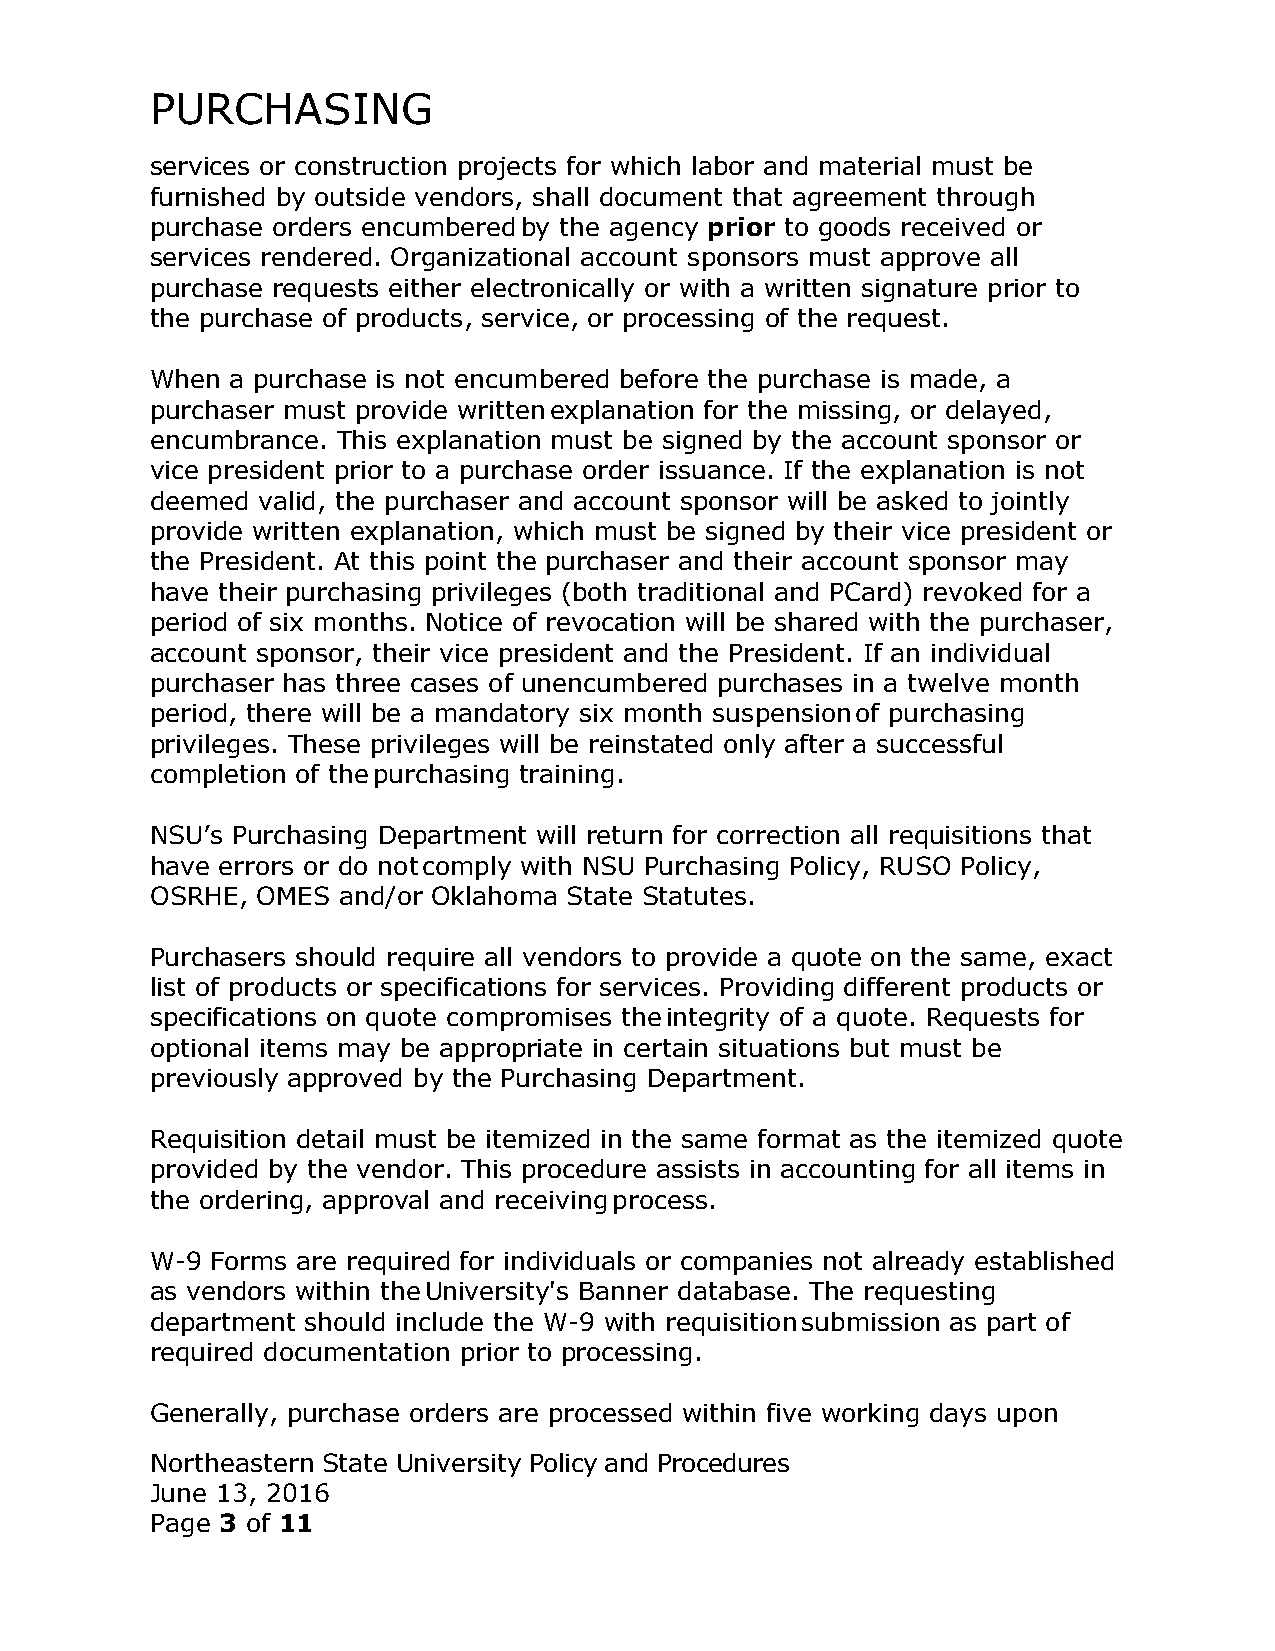
PURCHASING
 services or construction projects for which labor and material must be
 furnished by outside vendors, shall document that agreement through
 purchase orders encumbered by the agency prior to goods received or
 services rendered. Organizational account sponsors must approve all
 purchase requests either electronically or with a written signature prior to
 the purchase of products, service, or processing of the request.
 When a purchase is not encumbered before the purchase is made, a
 purchaser must provide written explanation for the missing, or delayed,
 encumbrance. This explanation must be signed by the account sponsor or
 vice president prior to a purchase order issuance. If the explanation is not
 deemed valid, the purchaser and account sponsor will be asked to jointly
 provide written explanation, which must be signed by their vice president or
 the President. At this point the purchaser and their account sponsor may
 have their purchasing privileges (both traditional and PCard) revoked for a
 period of six months. Notice of revocation will be shared with the purchaser,
 account sponsor, their vice president and the President. If an individual
 purchaser has three cases of unencumbered purchases in a twelve month
 period, there will be a mandatory six month suspension of purchasing
 privileges. These privileges will be reinstated only after a successful
 completion of the purchasing training.
 NSU’s Purchasing Department will return for correction all requisitions that
 have errors or do not comply with NSU Purchasing Policy, RUSO Policy,
 OSRHE, OMES and/or Oklahoma State Statutes.
 Purchasers should require all vendors to provide a quote on the same, exact
 list of products or specifications for services. Providing different products or
 specifications on quote compromises the integrity of a quote. Requests for
 optional items may be appropriate in certain situations but must be
 previously approved by the Purchasing Department.
 Requisition detail must be itemized in the same format as the itemized quote
 provided by the vendor. This procedure assists in accounting for all items in
 the ordering, approval and receiving process.
 W-9 Forms are required for individuals or companies not already established
 as vendors within the University's Banner database. The requesting
 department should include the W-9 with requisition submission as part of
 required documentation prior to processing.
 Generally, purchase orders are processed within five working days upon
 Northeastern State University Policy and Procedures
 June 13, 2016
 Page 3 of 11